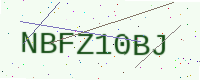
Text: NBFZ10BJ